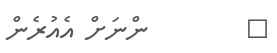
٧        ންނަށް އެއުރެން